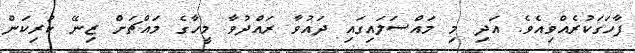
ފާހަގަކުރެއްވިއެވެ. އަދި މި މައްސަލައިގައި ދައުވާ ރައްދުވާ މީހާގެ މައްޗަށް ޒިނޭ ކުރިކަން